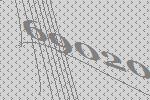
69020